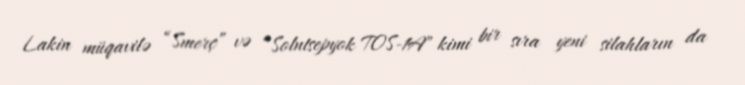
Lakin müqavilə “Smerç” və “Solntsepyok TOS-1A” kimi bir sıra yeni silahların da